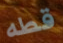
قطه